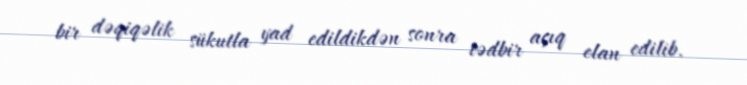
bir dəqiqəlik sükutla yad edildikdən sonra tədbir açıq elan edilib.